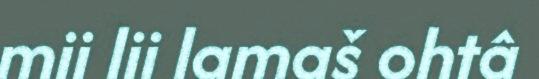
mii lii lamaš ohtâ